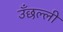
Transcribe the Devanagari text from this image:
उँछल्ली